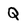
Character: Q